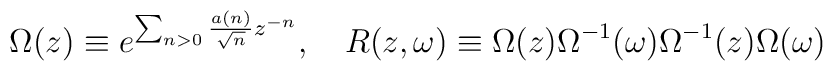
\Omega(z) \equiv e^{\sum_{n>0} \frac {a(n)}{\sqrt{n}} z^{-n}},\quad R(z,\omega) \equiv \Omega(z)\Omega^{-1}(\omega)\Omega^{-1}(z)\Omega(\omega)